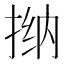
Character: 𫽀